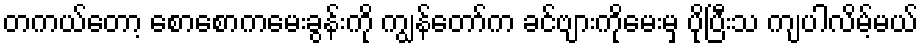
တကယ်တော့ စောစောကမေးခွန်းကို ကျွန်တော်က ခင်ဗျားကိုမေးမှ ပိုပြီးသ ကျပါလိမ့်မယ်